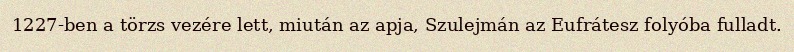
1227-ben a törzs vezére lett, miután az apja, Szulejmán az Eufrátesz folyóba fulladt.